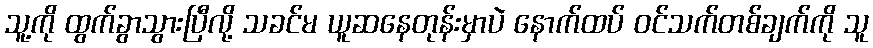
သူ့ကို ထွက်ခွာသွားပြီလို့ သခင်မ ယူဆနေတုန်းမှာပဲ နောက်ထပ် ဝင်သက်တစ်ချက်ကို သူ